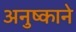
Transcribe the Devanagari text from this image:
अनुष्काने